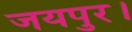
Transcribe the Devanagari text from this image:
जयपुर।